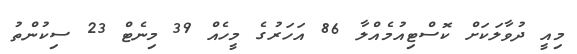
މިއީ ދުވާލަކަށް ކޮސްޓިއުމެއްލާ 86 އަހަރުގެ މީހެއް 39 މިނެޓް 23 ސިކުންތު